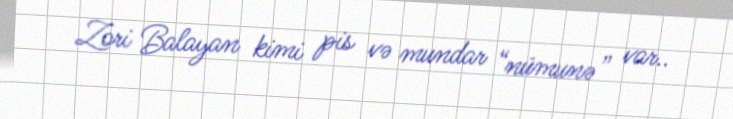
Zori Balayan kimi pis və mundar “nümunə” var..